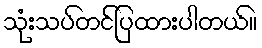
သုံးသပ်တင်ပြထားပါတယ်။